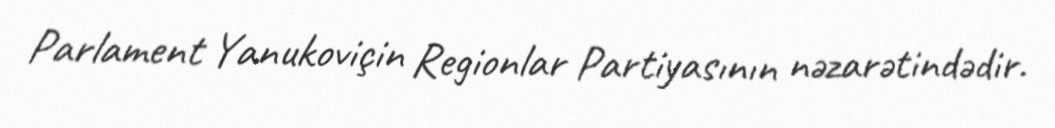
Parlament Yanukoviçin Regionlar Partiyasının nəzarətindədir.